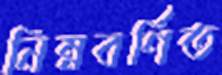
নিম্নবর্ণিত